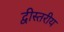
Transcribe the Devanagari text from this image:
द्वीस्तरीय